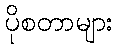
ပိုစတာများ